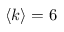
\langle k \rangle = 6